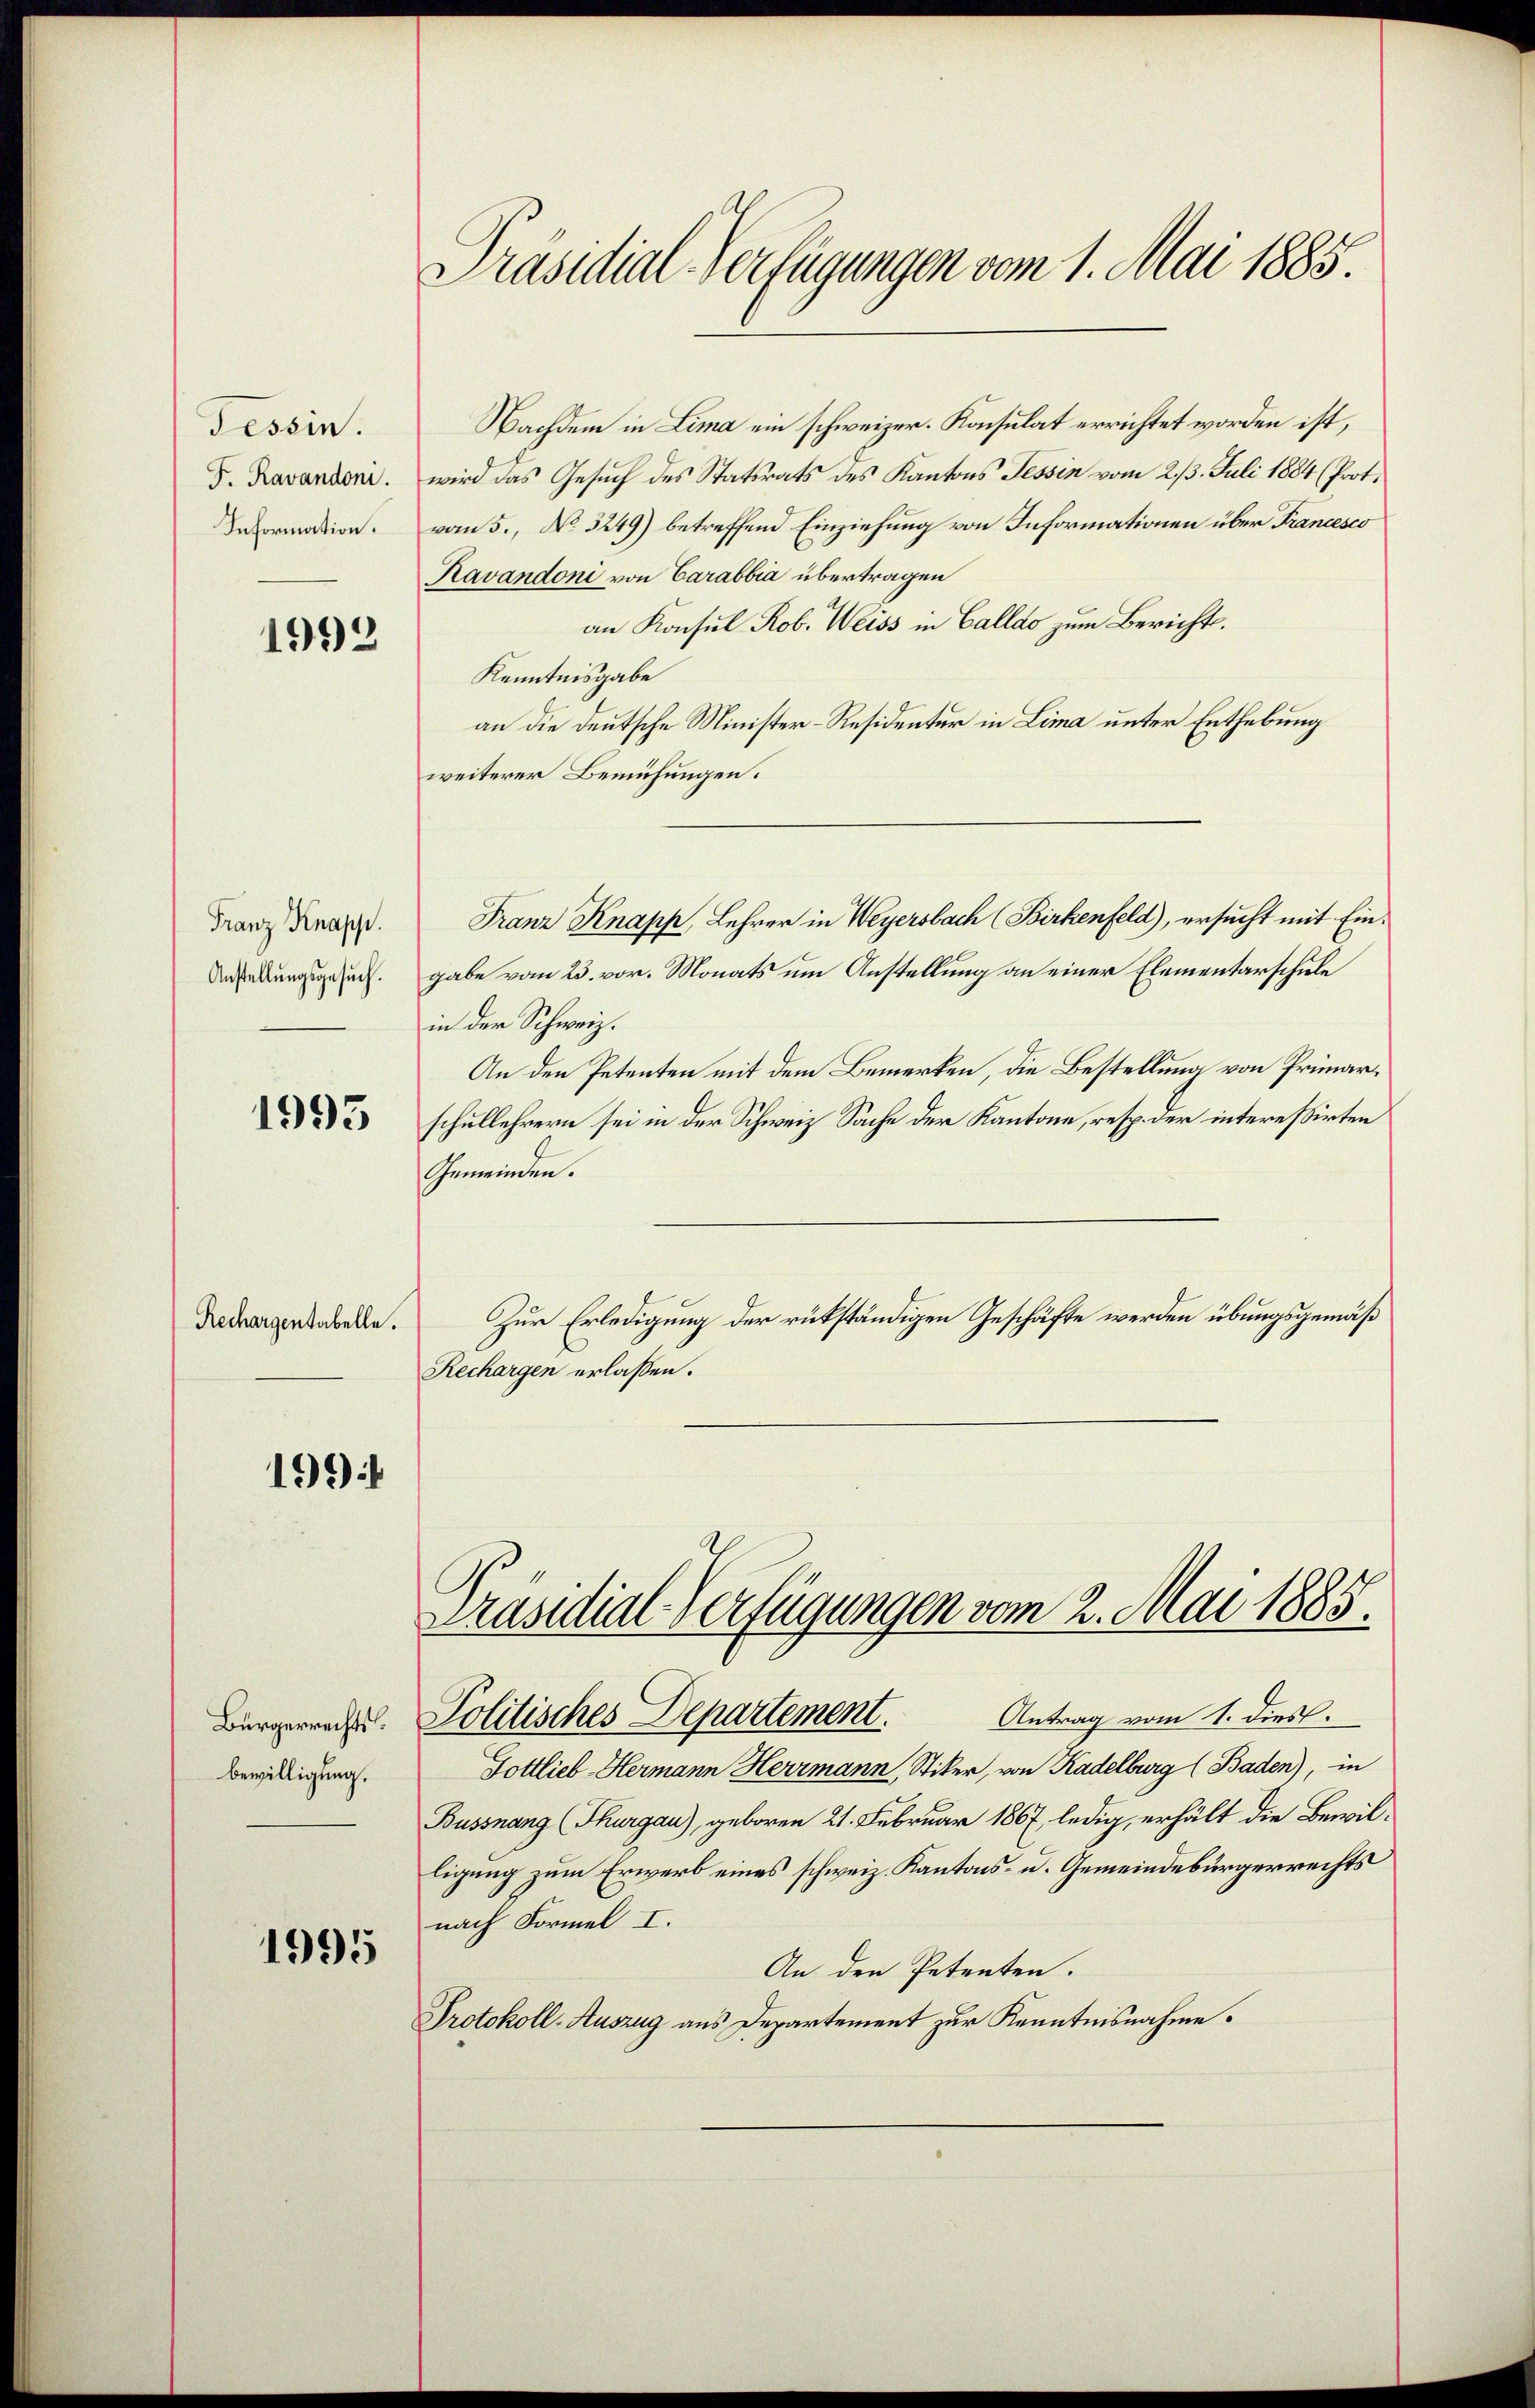
Tessin.
F. Ravandon.
Information.

1992

Franz Knapp.
Anstellungsgesuch.

1995

Rechargentabelle.

199

Bürgerrechts
bewilligung.

1995

Präsidial-Verfügungen vom 1. Mai 1885.

Nachdem in Lima ein schweizer. Konsulat errichtet worden ist,
wird das Gesuch des Statsrats des Kantons Tessin vom 23. Juli 1884 (Prot.
vom 5. No 3249) betreffend Einziehung von Informationen über Francesco
Ravandoni von Carabbia übertragen
an Konsul Rob. Weiss in Calldo zum Bericht.
Kenntnisgabe
an die deutsche Minister-Residentur in Lima unter Enthebung
weiterer Bemühungen.
gabe vom 23. vor. Monats um Anstellung an einer Elementarschule
in der Schweiz.
An den Petenten mit dem Bemerken, die Bestellung von Primarschullehrern sei in der Schweiz Sache der Kantone, resp. der interessirten
Gemeinden.
Zur Erledigung der rükständigen Geschäfte werden übungsgemäß
Rechargen erlaßen.

Franz Knapp, Lehrer in Weyersbach (Birkenfeld), ersucht mit Ein-

Präsidial-Verfügungen vom 2. Mai 1885.
Politisches Departement. Antrag vom 1. dies.

Gottlieb-Hermann Herrmann, Stiker, von Kadelburg (Baden), in
Bussnang (Thurgau), geboren 21. Februar 1867, ledig, erhält die Bewilligung zum Erwerb eines schweiz. Kantons- u. Gemeindebürgerrechts
nach Formel I.
An den Petenten.
Protokoll-Auszug aus Departement zur Kenntnisnahme.